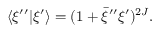
\langle \xi ^ { \prime \prime } \vert \xi ^ { \prime } \rangle = ( 1 + \bar { \xi } ^ { \prime \prime } \xi ^ { \prime } ) ^ { 2 J } .